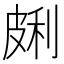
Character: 𰤩